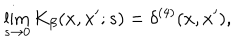
LaTeX: \lim _ { s \rightarrow 0 } K _ { \beta } ( x , x ^ { \prime } ; s ) = \delta ^ { ( 4 ) } ( x , x ^ { \prime } ) ,